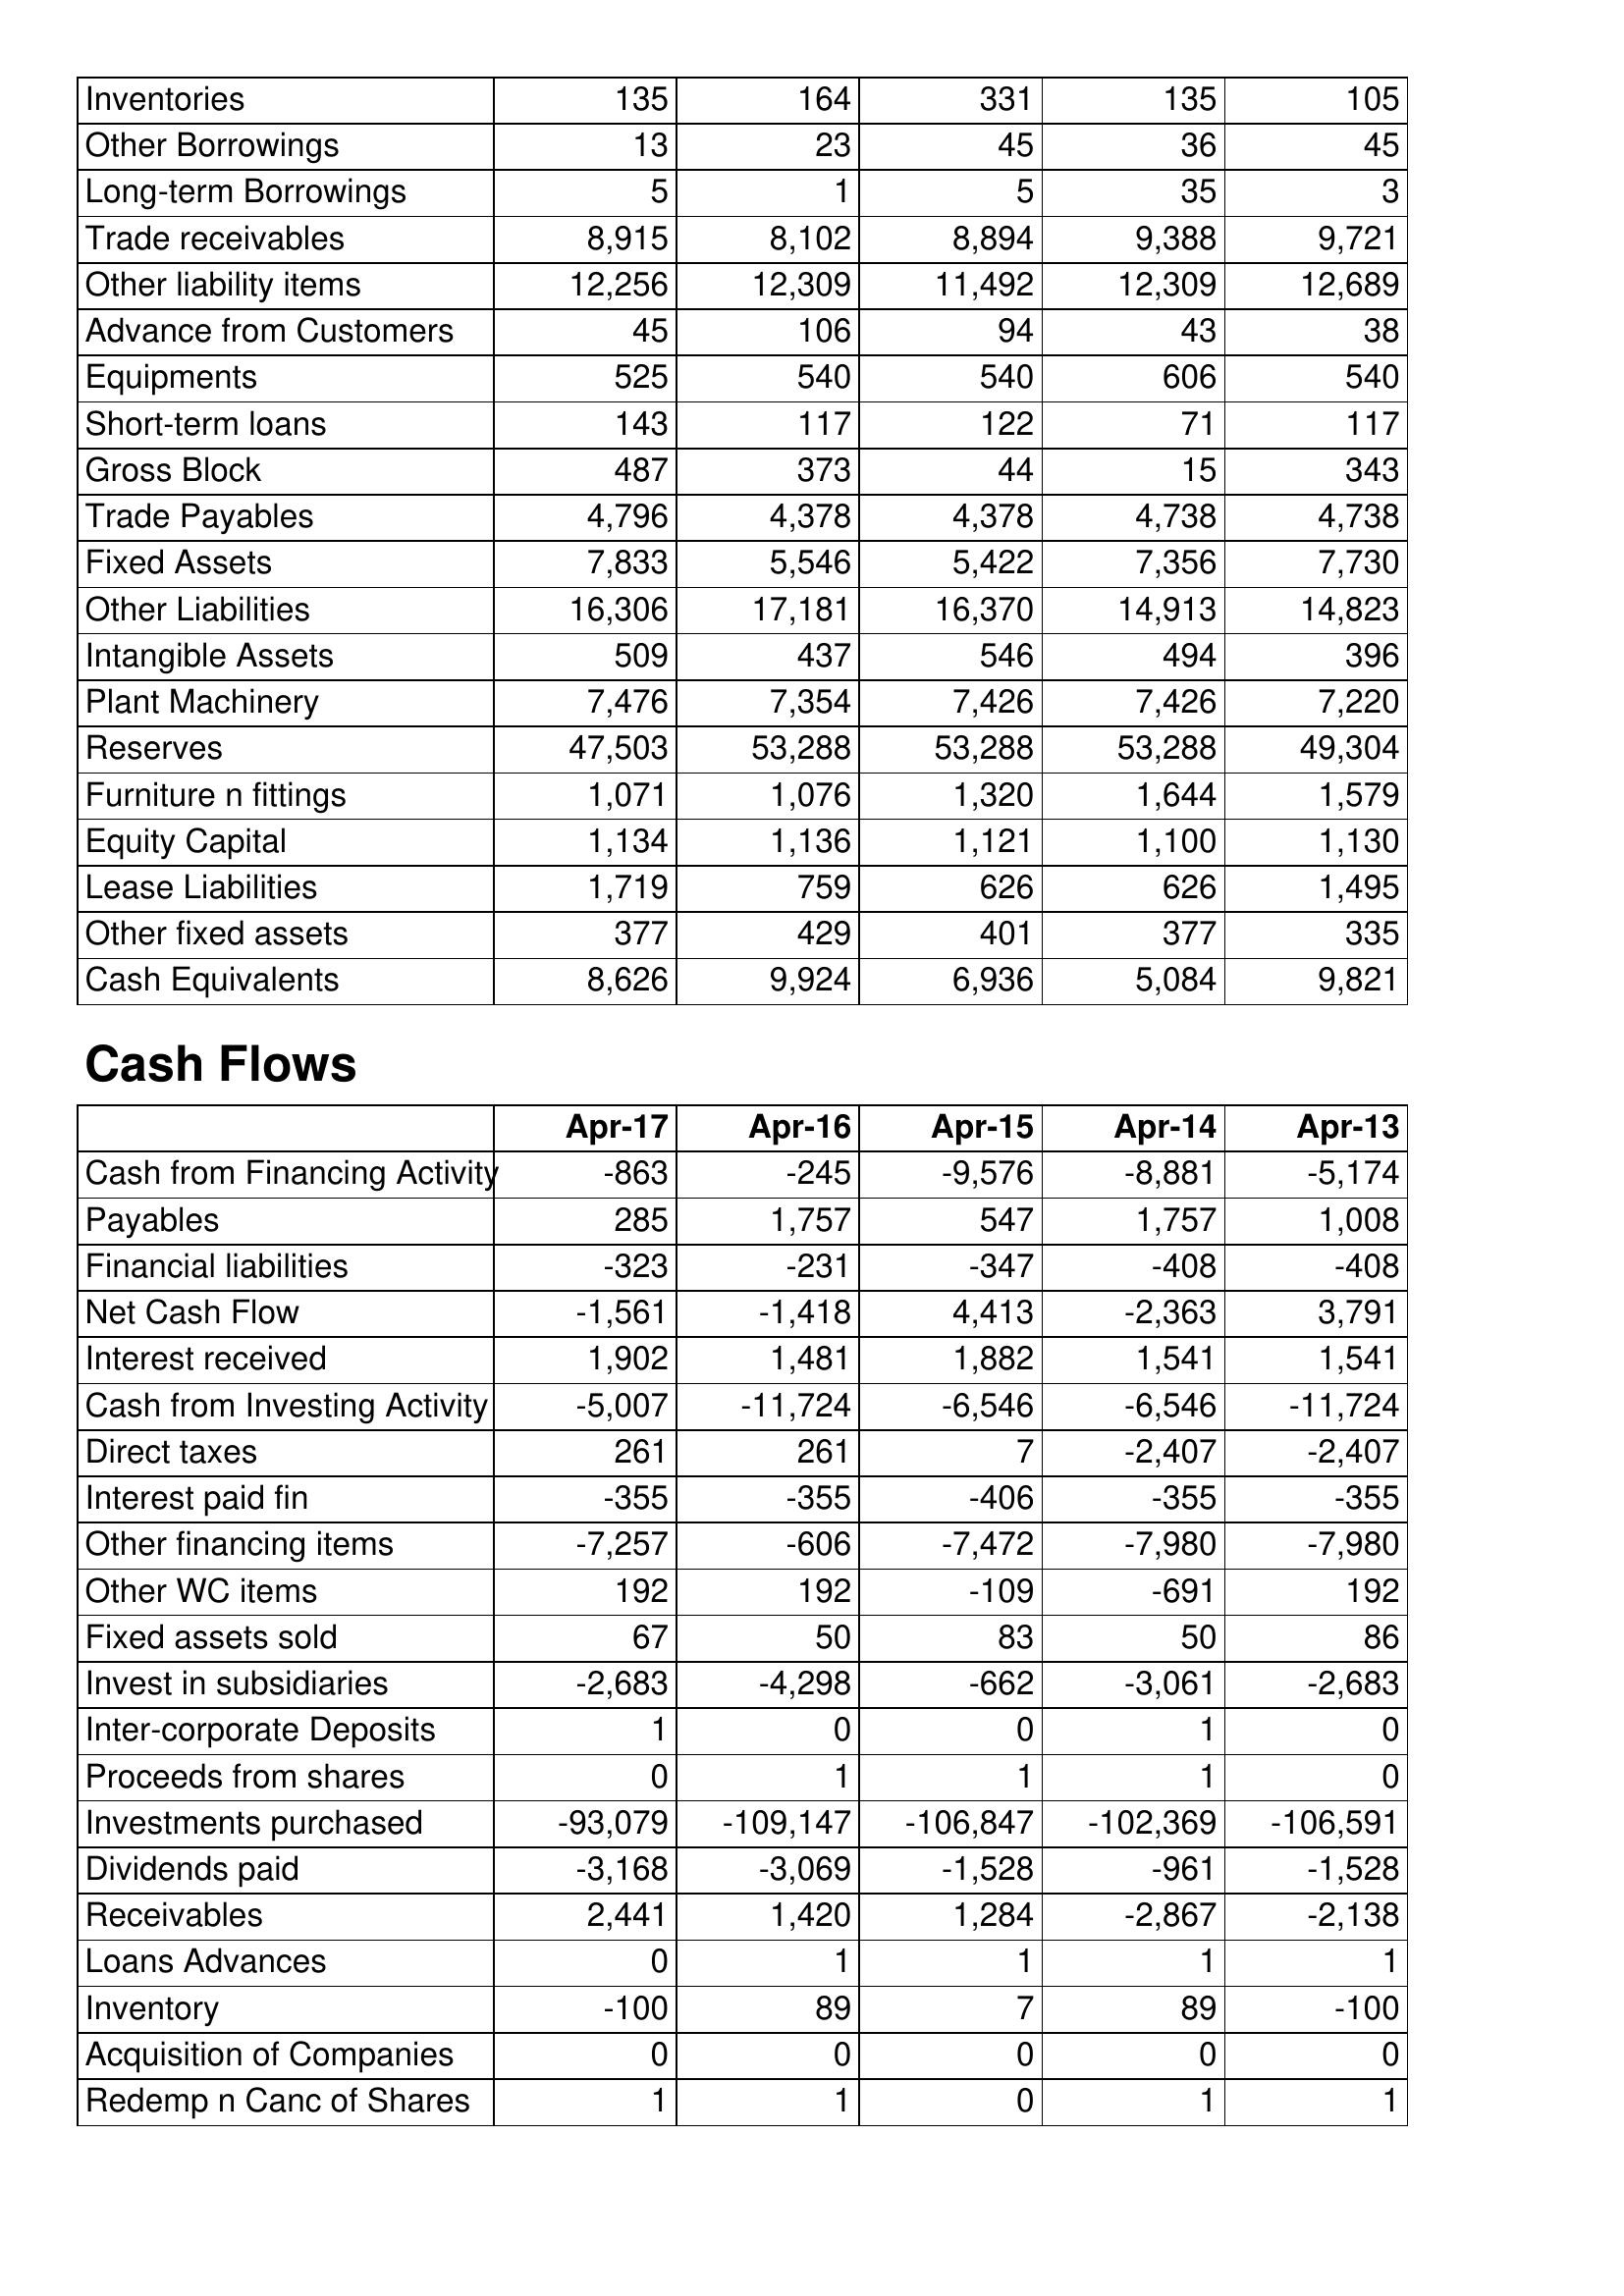
Apr-17: Balance Sheet: Inventories: 135
Other Borrowings: 13
Long-term Borrowings: 5
Trade receivables: 8,915
Other liability items: 12,256
Advance from Customers: 45
Equipments: 525
Short-term loans: 143
Gross Block: 487
Trade Payables: 4,796
Fixed Assets: 7,833
Other Liabilities: 16,306
Intangible Assets: 509
Plant Machinery: 7,476
Reserves: 47,503
Furniture n fittings: 1,071
Equity Capital: 1,134
Lease Liabilities: 1,719
Other fixed assets: 377
Cash Equivalents: 8,626
Cash Flows: Cash from Financing Activity: -863
Payables: 285
Financial liabilities: -323
Net Cash Flow: -1,561
Interest received: 1,902
Cash from Investing Activity: -5,007
Direct taxes: 261
Interest paid fin: -355
Other financing items: -7,257
Other WC items: 192
Fixed assets sold: 67
Invest in subsidiaries: -2,683
Inter-corporate Deposits: 1
Proceeds from shares: 0
Investments purchased: -93,079
Dividends paid: -3,168
Receivables: 2,441
Loans Advances: 0
Inventory: -100
Acquisition of Companies: 0
Redemp n Canc of Shares: 1
Apr-16: Balance Sheet: Inventories: 164
Other Borrowings: 23
Long-term Borrowings: 1
Trade receivables: 8,102
Other liability items: 12,309
Advance from Customers: 106
Equipments: 540
Short-term loans: 117
Gross Block: 373
Trade Payables: 4,378
Fixed Assets: 5,546
Other Liabilities: 17,181
Intangible Assets: 437
Plant Machinery: 7,354
Reserves: 53,288
Furniture n fittings: 1,076
Equity Capital: 1,136
Lease Liabilities: 759
Other fixed assets: 429
Cash Equivalents: 9,924
Cash Flows: Cash from Financing Activity: -245
Payables: 1,757
Financial liabilities: -231
Net Cash Flow: -1,418
Interest received: 1,481
Cash from Investing Activity: -11,724
Direct taxes: 261
Interest paid fin: -355
Other financing items: -606
Other WC items: 192
Fixed assets sold: 50
Invest in subsidiaries: -4,298
Inter-corporate Deposits: 0
Proceeds from shares: 1
Investments purchased: -109,147
Dividends paid: -3,069
Receivables: 1,420
Loans Advances: 1
Inventory: 89
Acquisition of Companies: 0
Redemp n Canc of Shares: 1
Apr-15: Balance Sheet: Inventories: 331
Other Borrowings: 45
Long-term Borrowings: 5
Trade receivables: 8,894
Other liability items: 11,492
Advance from Customers: 94
Equipments: 540
Short-term loans: 122
Gross Block: 44
Trade Payables: 4,378
Fixed Assets: 5,422
Other Liabilities: 16,370
Intangible Assets: 546
Plant Machinery: 7,426
Reserves: 53,288
Furniture n fittings: 1,320
Equity Capital: 1,121
Lease Liabilities: 626
Other fixed assets: 401
Cash Equivalents: 6,936
Cash Flows: Cash from Financing Activity: -9,576
Payables: 547
Financial liabilities: -347
Net Cash Flow: 4,413
Interest received: 1,882
Cash from Investing Activity: -6,546
Direct taxes: 7
Interest paid fin: -406
Other financing items: -7,472
Other WC items: -109
Fixed assets sold: 83
Invest in subsidiaries: -662
Inter-corporate Deposits: 0
Proceeds from shares: 1
Investments purchased: -106,847
Dividends paid: -1,528
Receivables: 1,284
Loans Advances: 1
Inventory: 7
Acquisition of Companies: 0
Redemp n Canc of Shares: 0
Apr-14: Balance Sheet: Inventories: 135
Other Borrowings: 36
Long-term Borrowings: 35
Trade receivables: 9,388
Other liability items: 12,309
Advance from Customers: 43
Equipments: 606
Short-term loans: 71
Gross Block: 15
Trade Payables: 4,738
Fixed Assets: 7,356
Other Liabilities: 14,913
Intangible Assets: 494
Plant Machinery: 7,426
Reserves: 53,288
Furniture n fittings: 1,644
Equity Capital: 1,100
Lease Liabilities: 626
Other fixed assets: 377
Cash Equivalents: 5,084
Cash Flows: Cash from Financing Activity: -8,881
Payables: 1,757
Financial liabilities: -408
Net Cash Flow: -2,363
Interest received: 1,541
Cash from Investing Activity: -6,546
Direct taxes: -2,407
Interest paid fin: -355
Other financing items: -7,980
Other WC items: -691
Fixed assets sold: 50
Invest in subsidiaries: -3,061
Inter-corporate Deposits: 1
Proceeds from shares: 1
Investments purchased: -102,369
Dividends paid: -961
Receivables: -2,867
Loans Advances: 1
Inventory: 89
Acquisition of Companies: 0
Redemp n Canc of Shares: 1
Apr-13: Balance Sheet: Inventories: 105
Other Borrowings: 45
Long-term Borrowings: 3
Trade receivables: 9,721
Other liability items: 12,689
Advance from Customers: 38
Equipments: 540
Short-term loans: 117
Gross Block: 343
Trade Payables: 4,738
Fixed Assets: 7,730
Other Liabilities: 14,823
Intangible Assets: 396
Plant Machinery: 7,220
Reserves: 49,304
Furniture n fittings: 1,579
Equity Capital: 1,130
Lease Liabilities: 1,495
Other fixed assets: 335
Cash Equivalents: 9,821
Cash Flows: Cash from Financing Activity: -5,174
Payables: 1,008
Financial liabilities: -408
Net Cash Flow: 3,791
Interest received: 1,541
Cash from Investing Activity: -11,724
Direct taxes: -2,407
Interest paid fin: -355
Other financing items: -7,980
Other WC items: 192
Fixed assets sold: 86
Invest in subsidiaries: -2,683
Inter-corporate Deposits: 0
Proceeds from shares: 0
Investments purchased: -106,591
Dividends paid: -1,528
Receivables: -2,138
Loans Advances: 1
Inventory: -100
Acquisition of Companies: 0
Redemp n Canc of Shares: 1